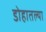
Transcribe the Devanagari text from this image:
डोहातल्या